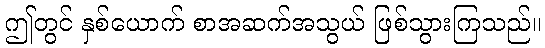
ဤတွင် နှစ်ယောက် စာအဆက်အသွယ် ဖြစ်သွားကြသည်။